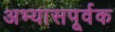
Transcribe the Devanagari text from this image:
अभ्यासपूर्वक